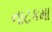
નાટકમા